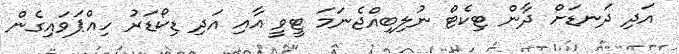
އަދި ދަނޑަށް ދާން ޓިކެޓް ނުލިބިއްޖެނަމަ ޓީވީ އާއި އަދި ޑިކޯޑަރު ހިއްޕަވައިގެން